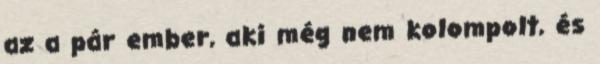
az a pár ember, aki még nem kolompolt, és